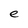
Character: e